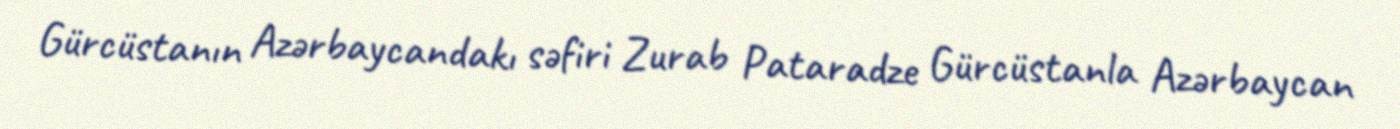
Gürcüstanın Azərbaycandakı səfiri Zurab Pataradze Gürcüstanla Azərbaycan